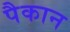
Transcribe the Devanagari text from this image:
पैकान